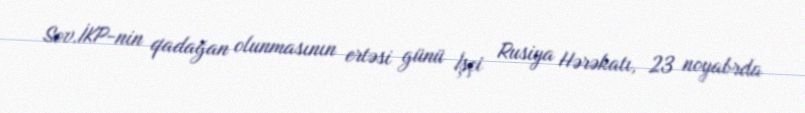
Sov.İKP-nin qadağan olunmasının ertəsi günü İşçi Rusiya Hərəkatı, 23 noyabrda